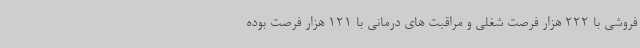
فروشی با 222 هزار فرصت شغلی و مراقبت های درمانی با 121 هزار فرصت بوده